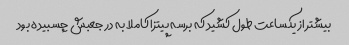
بیشتر از یکساعت طول کشید که برسه پیتزا کاملا به در جعبش چسبیده بود